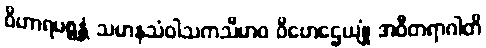
ဝိဟာရပစ္စန္တံ သမာနသံဝါသကသီမာဝ ဝိဟေဌေယျုံ အဝီတရာဂါတိ